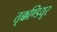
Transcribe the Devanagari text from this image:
तृक्कण्डियूर